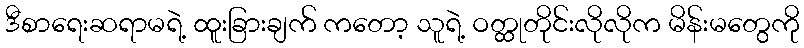
ဒီစာရေးဆရာမရဲ့ ထူးခြားချက် ကတော့ သူရဲ့ ဝတ္ထုတိုင်းလိုလိုက မိန်းမတွေကို